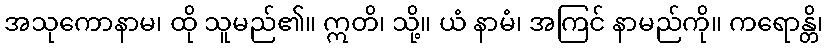
အသုကောနာမ၊ ထို သူမည်၏။ ဣတိ၊ သို့။ ယံ နာမံ၊ အကြင် နာမည်ကို။ ကရောန္တိ၊